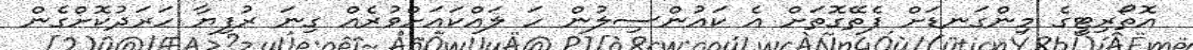
އޮތޯރިޓީގެ މިންގަނޑަށް ފެތޭގޮތަށް އެ ކައުންސިލުން ހަ ލައްކައަށްވުރެއް ގިނަ ރުފިޔާ ހަރަދުކޮށްގެން